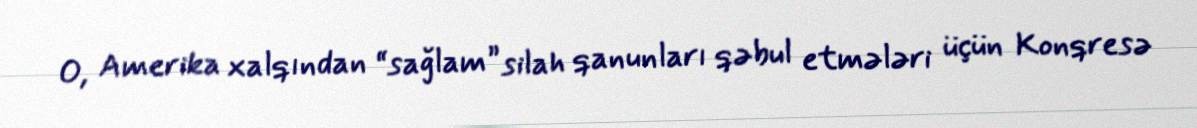
O, Amerika xalqından “sağlam” silah qanunları qəbul etmələri üçün Konqresə